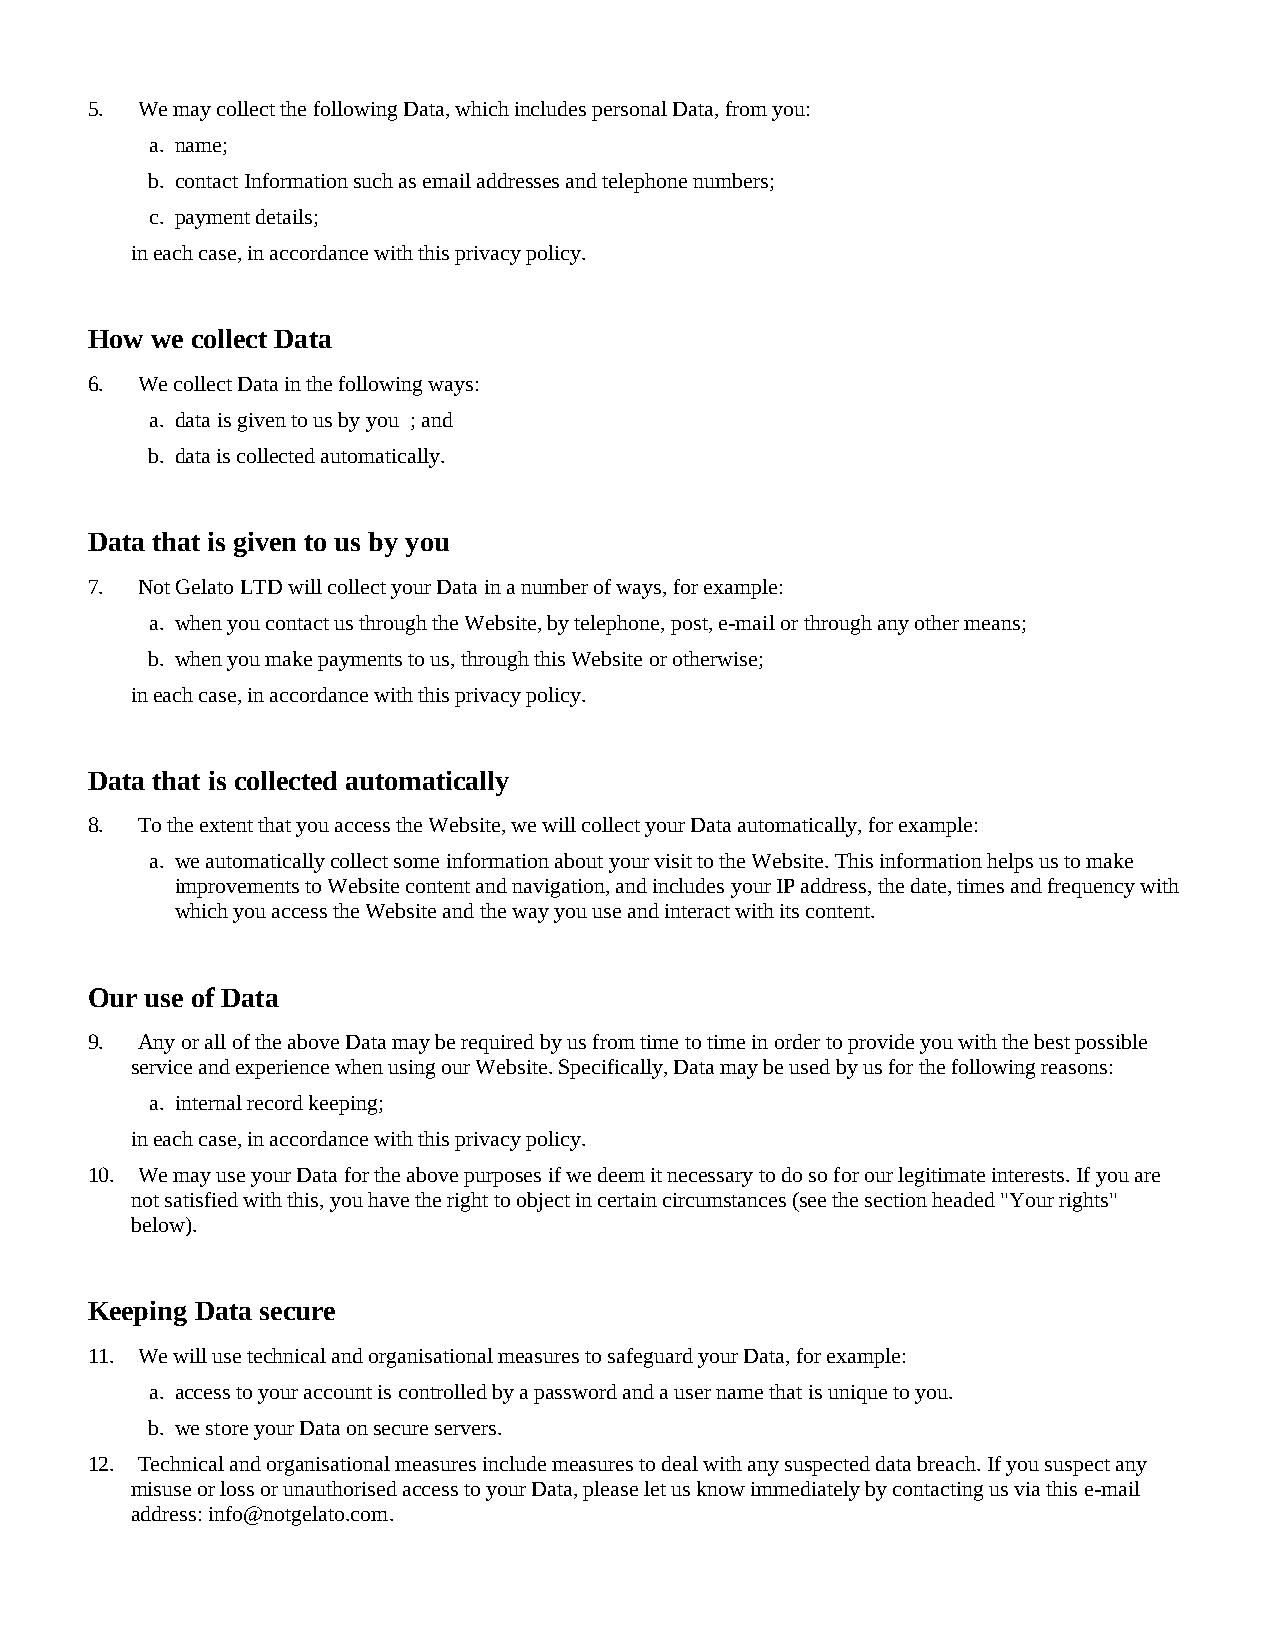
5. We may collect the following Data, which includes personal Data, from you:
 a. name;
 b. contact Information such as email addresses and telephone numbers;
 c. payment details;
 in each case, in accordance with this privacy policy.
 How we collect Data
 6. We collect Data in the following ways:
 a. data is given to us by you ; and
 b. data is collected automatically.
 Data that is given to us by you
 7. Not Gelato LTD will collect your Data in a number of ways, for example:
 a. when you contact us through the Website, by telephone, post, e-mail or through any other means;
 b. when you make payments to us, through this Website or otherwise;
 in each case, in accordance with this privacy policy.
 Data that is collected automatically
 8. To the extent that you access the Website, we will collect your Data automatically, for example:
 a. we automatically collect some information about your visit to the Website. This information helps us to make
 improvements to Website content and navigation, and includes your IP address, the date, times and frequency with
 which you access the Website and the way you use and interact with its content.
 Our use of Data
 9. Any or all of the above Data may be required by us from time to time in order to provide you with the best possible
 service and experience when using our Website. Specifically, Data may be used by us for the following reasons:
 a. internal record keeping;
 in each case, in accordance with this privacy policy.
 10. We may use your Data for the above purposes if we deem it necessary to do so for our legitimate interests. If you are
 not satisfied with this, you have the right to object in certain circumstances (see the section headed "Your rights"
 below).
 Keeping Data secure
 11. We will use technical and organisational measures to safeguard your Data, for example:
 a. access to your account is controlled by a password and a user name that is unique to you.
 b. we store your Data on secure servers.
 12. Technical and organisational measures include measures to deal with any suspected data breach. If you suspect any
 misuse or loss or unauthorised access to your Data, please let us know immediately by contacting us via this e-mail
 address: info@notgelato.com.